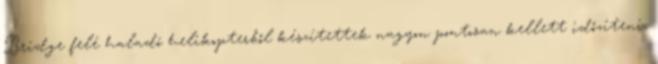
Bridge felé haladó helikopterből készítettek nagyon pontosan kellett időzíteni,